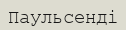
Паульсенді